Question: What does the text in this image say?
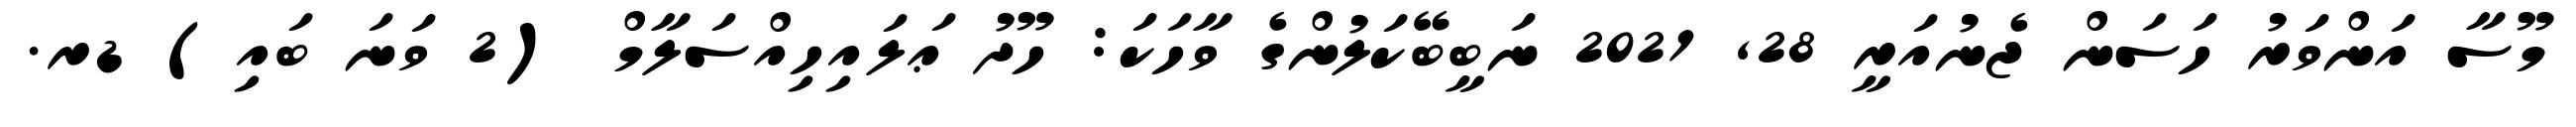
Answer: މޫސާ އަންވަރު ހަސަން ޖެނުއަރީ 28, 2021 ނަބީބޭކަލުންގެ ވާހަކަ: ހޫދު ޢަލައިހިއްސަލާމް (2 ވަނަ ބައި) ޑރ.